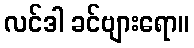
လင်ဒါ ခင်ဗျားရော။